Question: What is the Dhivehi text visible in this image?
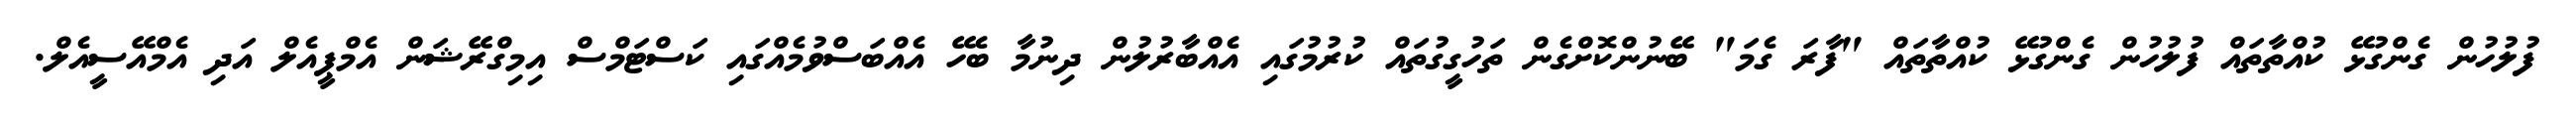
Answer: ފުލުހުން ގެންގުޅޭ ކުއްތާތައް ފުލުހުން ގެންގުޅޭ ކުއްތާތައް "ފާރަ ގެމަ" ބޭނުންކޮށްގެން ތަހުގީގުތައް ކުރުމުގައި އެއްބާރުލުން ދިނުމާ ބެހޭ އެއްބަސްވުމެއްގައި ކަސްޓަމްސް އިމިގްރޭޝަން އެމްޕީއެލް އަދި އެމްއޭސީއެލް.